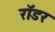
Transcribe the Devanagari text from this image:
रॉडर